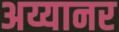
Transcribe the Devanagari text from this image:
अय्यानर